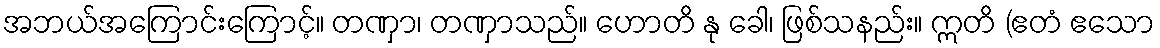
အဘယ်အကြောင်းကြောင့်။ တဏှာ၊ တဏှာသည်။ ဟောတိ နု ခေါ၊ ဖြစ်သနည်း။ ဣတိ (ဧတံ ဧသော